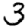
Digit: 3